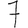
Digit: 7